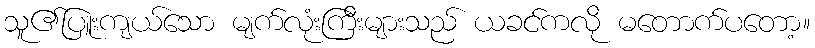
သူ၏ပြူးကျယ်သော မျက်လုံးကြီးများသည် ယခင်ကလို မတောက်ပတော့။